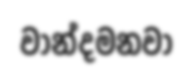
වාන්දමනවා